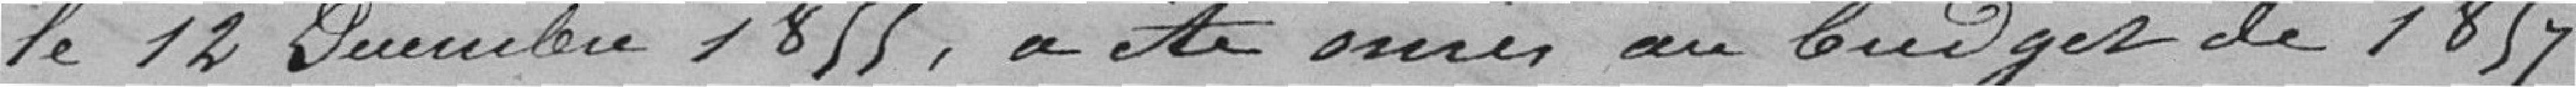
le 12 Décembre 1855, a été omis au budget de 1857